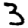
Digit: 3